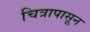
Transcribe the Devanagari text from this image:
चित्रापासून